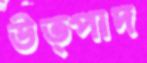
উত্পাদ